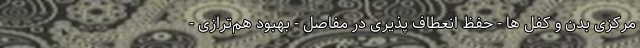
مرکزی بدن و کفل ها - حفظ انعطاف پذیری در مفاصل - بهبود هم‌ترازی -